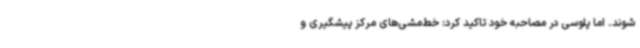
شوند. اما پلوسی در مصاحبه خود تاکید کرد: خط‌مشی‌های مرکز پیشگیری و